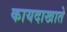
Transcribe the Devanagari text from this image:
कायदाखाते